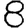
Digit: 8